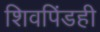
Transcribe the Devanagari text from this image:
शिवपिंडही